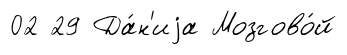
02 29 Да́н'иjа Мозгово́й